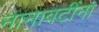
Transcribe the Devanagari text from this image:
नानावटींना